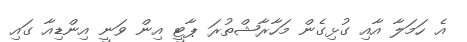
އެ ހަމަލާ އާއި ގުޅިގެން މަހާރާޝްތުރަ ޕާޓީ އިން ވަނީ އިންޑިއާ ގައި